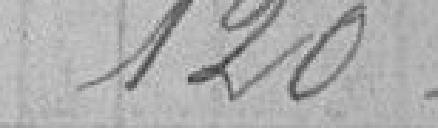
120